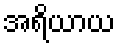
အရိယာယ